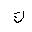
Letter: _kaf